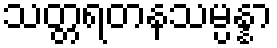
သတ္တရတနသမ္ပန္နာ